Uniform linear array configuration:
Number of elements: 48
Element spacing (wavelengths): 0.5
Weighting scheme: kaiser
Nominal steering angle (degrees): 45
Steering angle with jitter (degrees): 45.672
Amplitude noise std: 0.05
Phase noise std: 0.05

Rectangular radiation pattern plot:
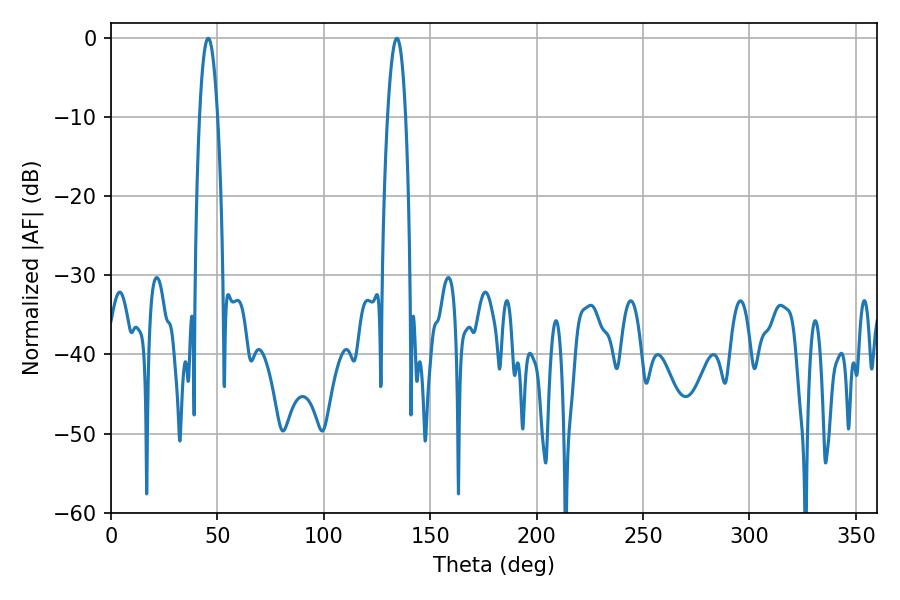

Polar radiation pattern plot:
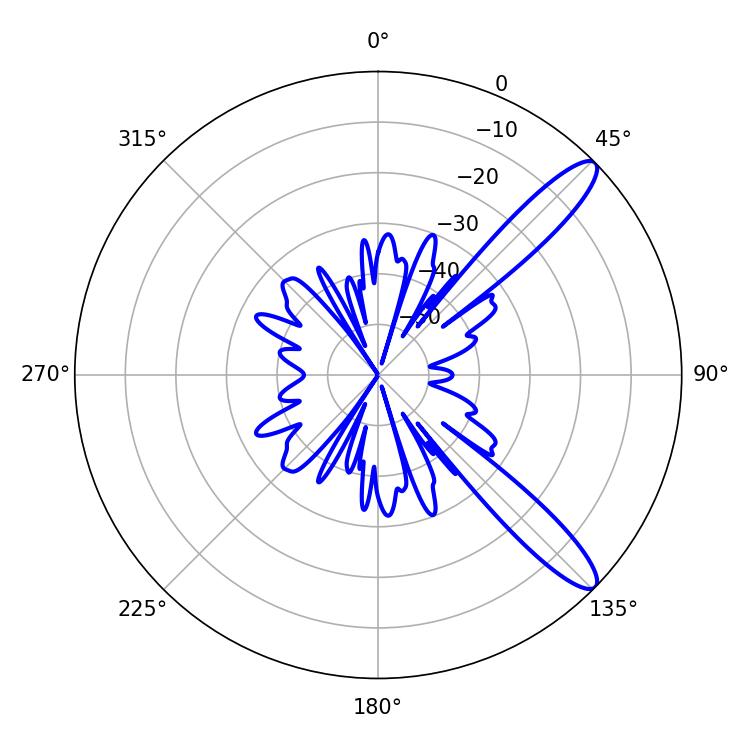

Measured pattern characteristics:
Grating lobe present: FALSE
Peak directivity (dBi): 11.982
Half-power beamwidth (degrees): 4.68
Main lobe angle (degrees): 45.72